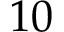
1 0